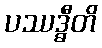
ပဿဒ္ဓီတိ